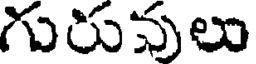
గురువులు